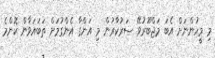
މި މީހުންނަށް އެބަ މަޖްބޫރުވޭ ސަރުކާރުން މި އަންގާ އެންގުމަށް ތަބައަވާން ކޮންމެ